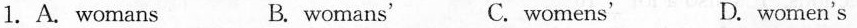
1.A. Womans B. Wornans' C.womens' D. women's